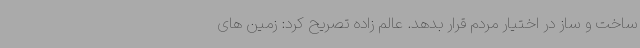
ساخت و ساز در اختیار مردم قرار بدهد. عالم زاده تصریح کرد: زمین های